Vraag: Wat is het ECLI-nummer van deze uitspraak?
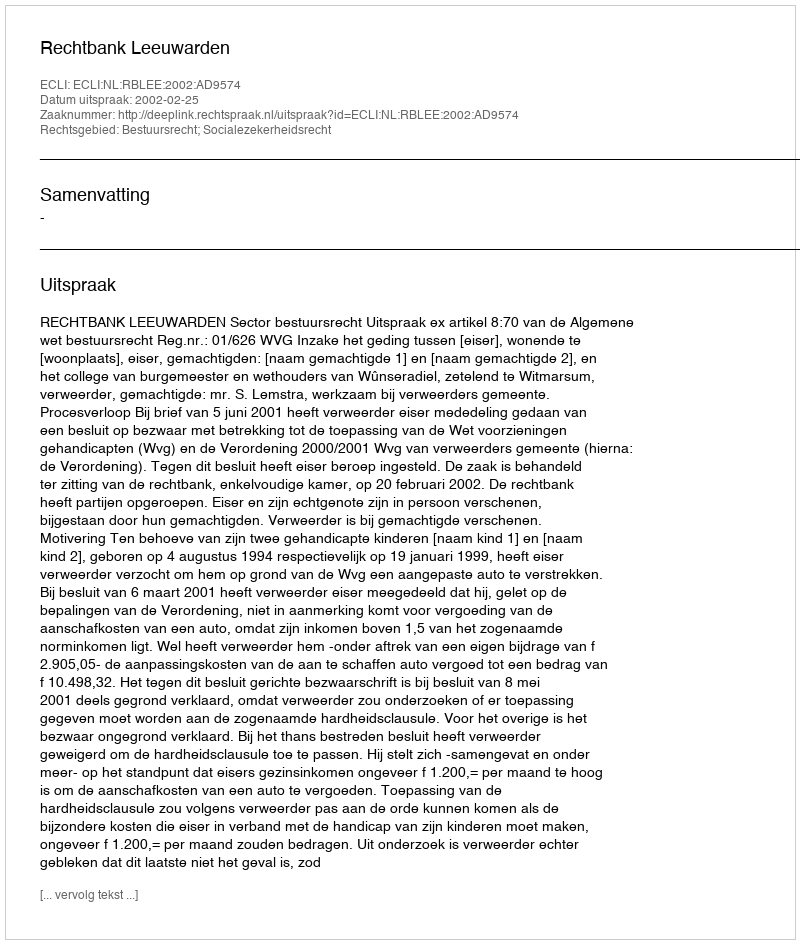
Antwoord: ECLI:NL:RBLEE:2002:AD9574